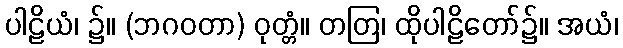
ပါဠိယံ၊ ၌။ (ဘဂဝတာ) ဝုတ္တံ။ တတြ၊ ထိုပါဠိတော်၌။ အယံ၊